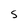
Character: S